Annual report on the Civil Veterinary Department, Burma (including the Insein Veterinary School) - 1910-1922
Year: 1910
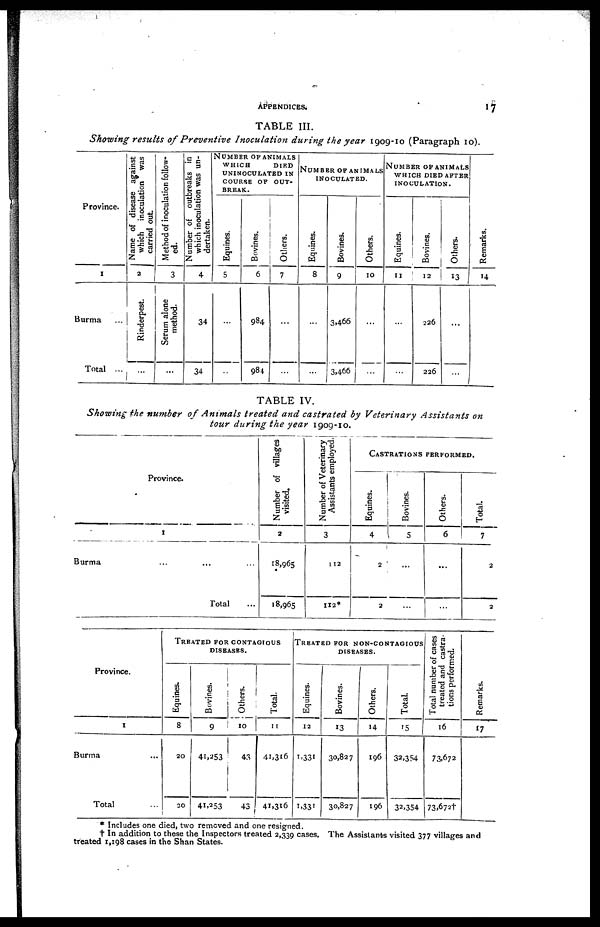
APPENDICES.
17
TABLE III.
Showing results of Preventive Inoculation during the year 1909-10 (Paragraph 10).
Province.
1
Burma
Total ...
Name of disease against
which inoculation was
carried out
2
Rinderpest.
...
Method of inoculation follow-
ed.
3
Serum alone
method.
...
Number of outbreaks in
which inoculation was un-
dertaken.
4
34
34
NUMBER OF ANIMALS
WHICH DIED
UNINOCULATED IN
COURSE
OF
OUT-
BREAK.
Equines.
5
...
...
Bovines.
6
984
984
Others.
7
...
...
NUMBER OF ANIMALS
INOCULATED.
Equines.
8
...
...
Bovines.
9
3,466
3,466
Others.
10
...
...
NUMBER OF ANIMALS
WHICH DIED AFTER
INOCULATION.
Equines.
11
...
...
Bovines.
12
226
226
Others.
13
...
...
Remarks.
14
TABLE IV.
Showing the number of Animals treated and castrated by Veterinary Assistants on
tour during the year 1909-10.
Province.
1
Burma
Total ...
Number of villages
visited.
2
18,965
18,965
Number of Veterinary
Assistants employed.
3
112
112*
CASTRATIONS PERFORMED.
Equines.
4
2
2
Bovines.
5
...
...
Others.
6
...
...
Total.
7
2
2
Province.
1
Burma ...
Total ...
TREATED FOR CONTAGIOUS
DISEASES.
Equines.
8
20
20
Bovines.
9
41,253
41,253
Others.
10
43
43
Total.
11
41,316
41,316
TREATED FOR NON-CONTAGIOUS
DISEASES.
Equines.
12
1,331
1,331
Bovines.
13
30,827
30,827
Others.
14
196
196
Total.
15
32,354
32,354
Total number of cases
treated and castra-
tions performed.
16
73,672
73,672†
Re ma r
ks .
17
* Includes one died, two removed and one resigned.
† In addition to these the Inspectors treated 2,339 cases. The Assistants visited 377 villages and
treated 1,198 cases in the Shan States.